Annual report of the Imperial Bacteriological Laboratory, Muktesar
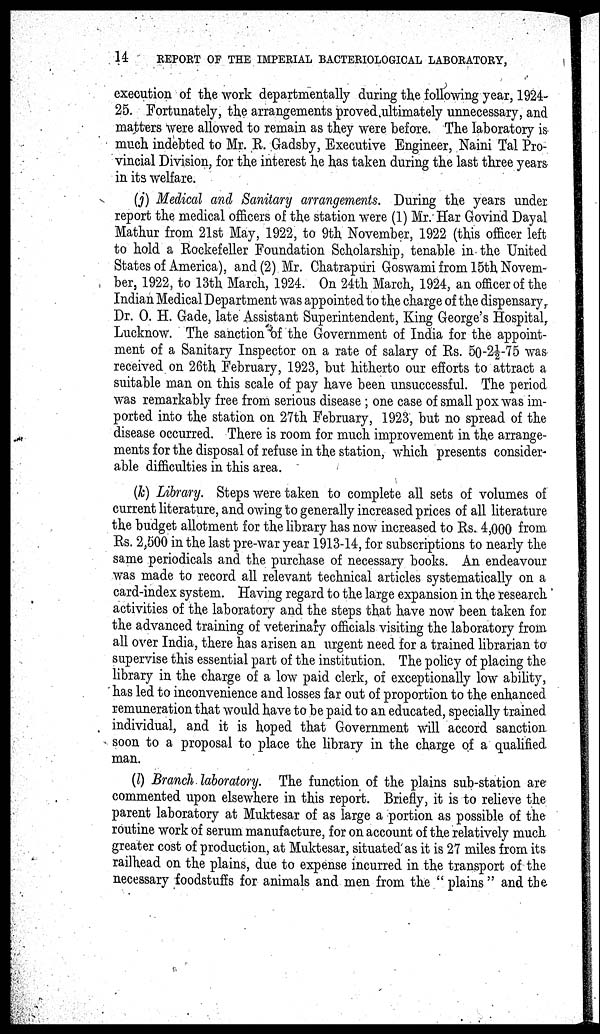
14
REPORT OF THE IMPERIAL BACTERIOLOGICAL LABORATORY,
execution of the work departmentally during the following year, 1924-
25. Fortunately, the arrangements proved ultimately unnecessary, and
matters were allowed to remain as they were before. The laboratory is
much indebted to Mr. R. Gadsby, Executive Engineer, Naini Tal Pro-
vincial Division, for the interest he has taken during the last three years
in its welfare.
(j) Medical and Sanitary arrangements. During the years under
report the medical officers of the station were (1) Mr. Har Govind Dayal
Mathur from 21st May, 1922, to 9th November, 1922 (this officer left
to hold a Rockefeller Foundation Scholarship, tenable in the United
States of America), and (2) Mr. Chatrapuri Goswami from 15th Novem-
ber, 1922, to 13th March, 1924. On 24th March, 1924, an officer of the
Indian Medical Department was appointed to the charge of the dispensary,
Dr. O. H. Gade, late Assistant Superintendent, King George's Hospital,
Lucknow. The sanction of the Government of India for the appoint-
ment of a Sanitary Inspector on a rate of salary of Rs. 50-2½-75 was
received on 26th February, 1923, but hitherto our efforts to attract a
suitable man on this scale of pay have been unsuccessful. The period
was remarkably free from serious disease ; one case of small pox was im-
ported into the station on 27th February, 1923, but no spread of the
disease occurred. There is room for much improvement in the arrange-
ments for the disposal of refuse in the station, which presents consider-
able difficulties in this area.
(k) Library. Steps were taken to complete all sets of volumes of
current literature, and owing to generally increased prices of all literature
the budget allotment for the library has now increased to Rs. 4,000 from
Rs. 2,500 in the last pre-war year 1913-14, for subscriptions to nearly the
same periodicals and the purchase of necessary books. An endeavour
was made to record all relevant technical articles systematically on a
card-index system. Having regard to the large expansion in the research
activities of the laboratory and the steps that have now been taken for
the advanced training of veterinary officials visiting the laboratory from
all over India, there has arisen an urgent need for a trained librarian to
supervise this essential part of the institution. The policy of placing the
library in the charge of a low paid clerk, of exceptionally low ability,
has led to inconvenience and losses far out of proportion to the enhanced
remuneration that would have to be paid to an educated, specially trained
individual, and it is hoped that Government will accord sanction
soon to a proposal to place the library in the charge of a qualified
man.
(l) Branch laboratory. The function of the plains sub-station are
commented upon elsewhere in this report. Briefly, it is to relieve the
parent laboratory at Muktesar of as large a portion as possible of the
routine work of serum manufacture, for on account of the relatively much
greater cost of production, at Muktesar, situated as it is 27 miles from its
railhead on the plains, due to expense incurred in the transport of the
necessary foodstuffs for animals and men from the " plains" and the